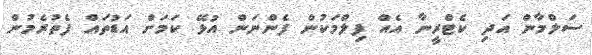
ސަލްމާން އަދި ކެޓްރީނާ އެއް ފިލްމަކުން ފެންނަން އުޅޭ ކަަމަށް އަޑުތައް ފެތުރެމުން